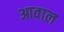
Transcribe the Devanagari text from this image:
आवाल